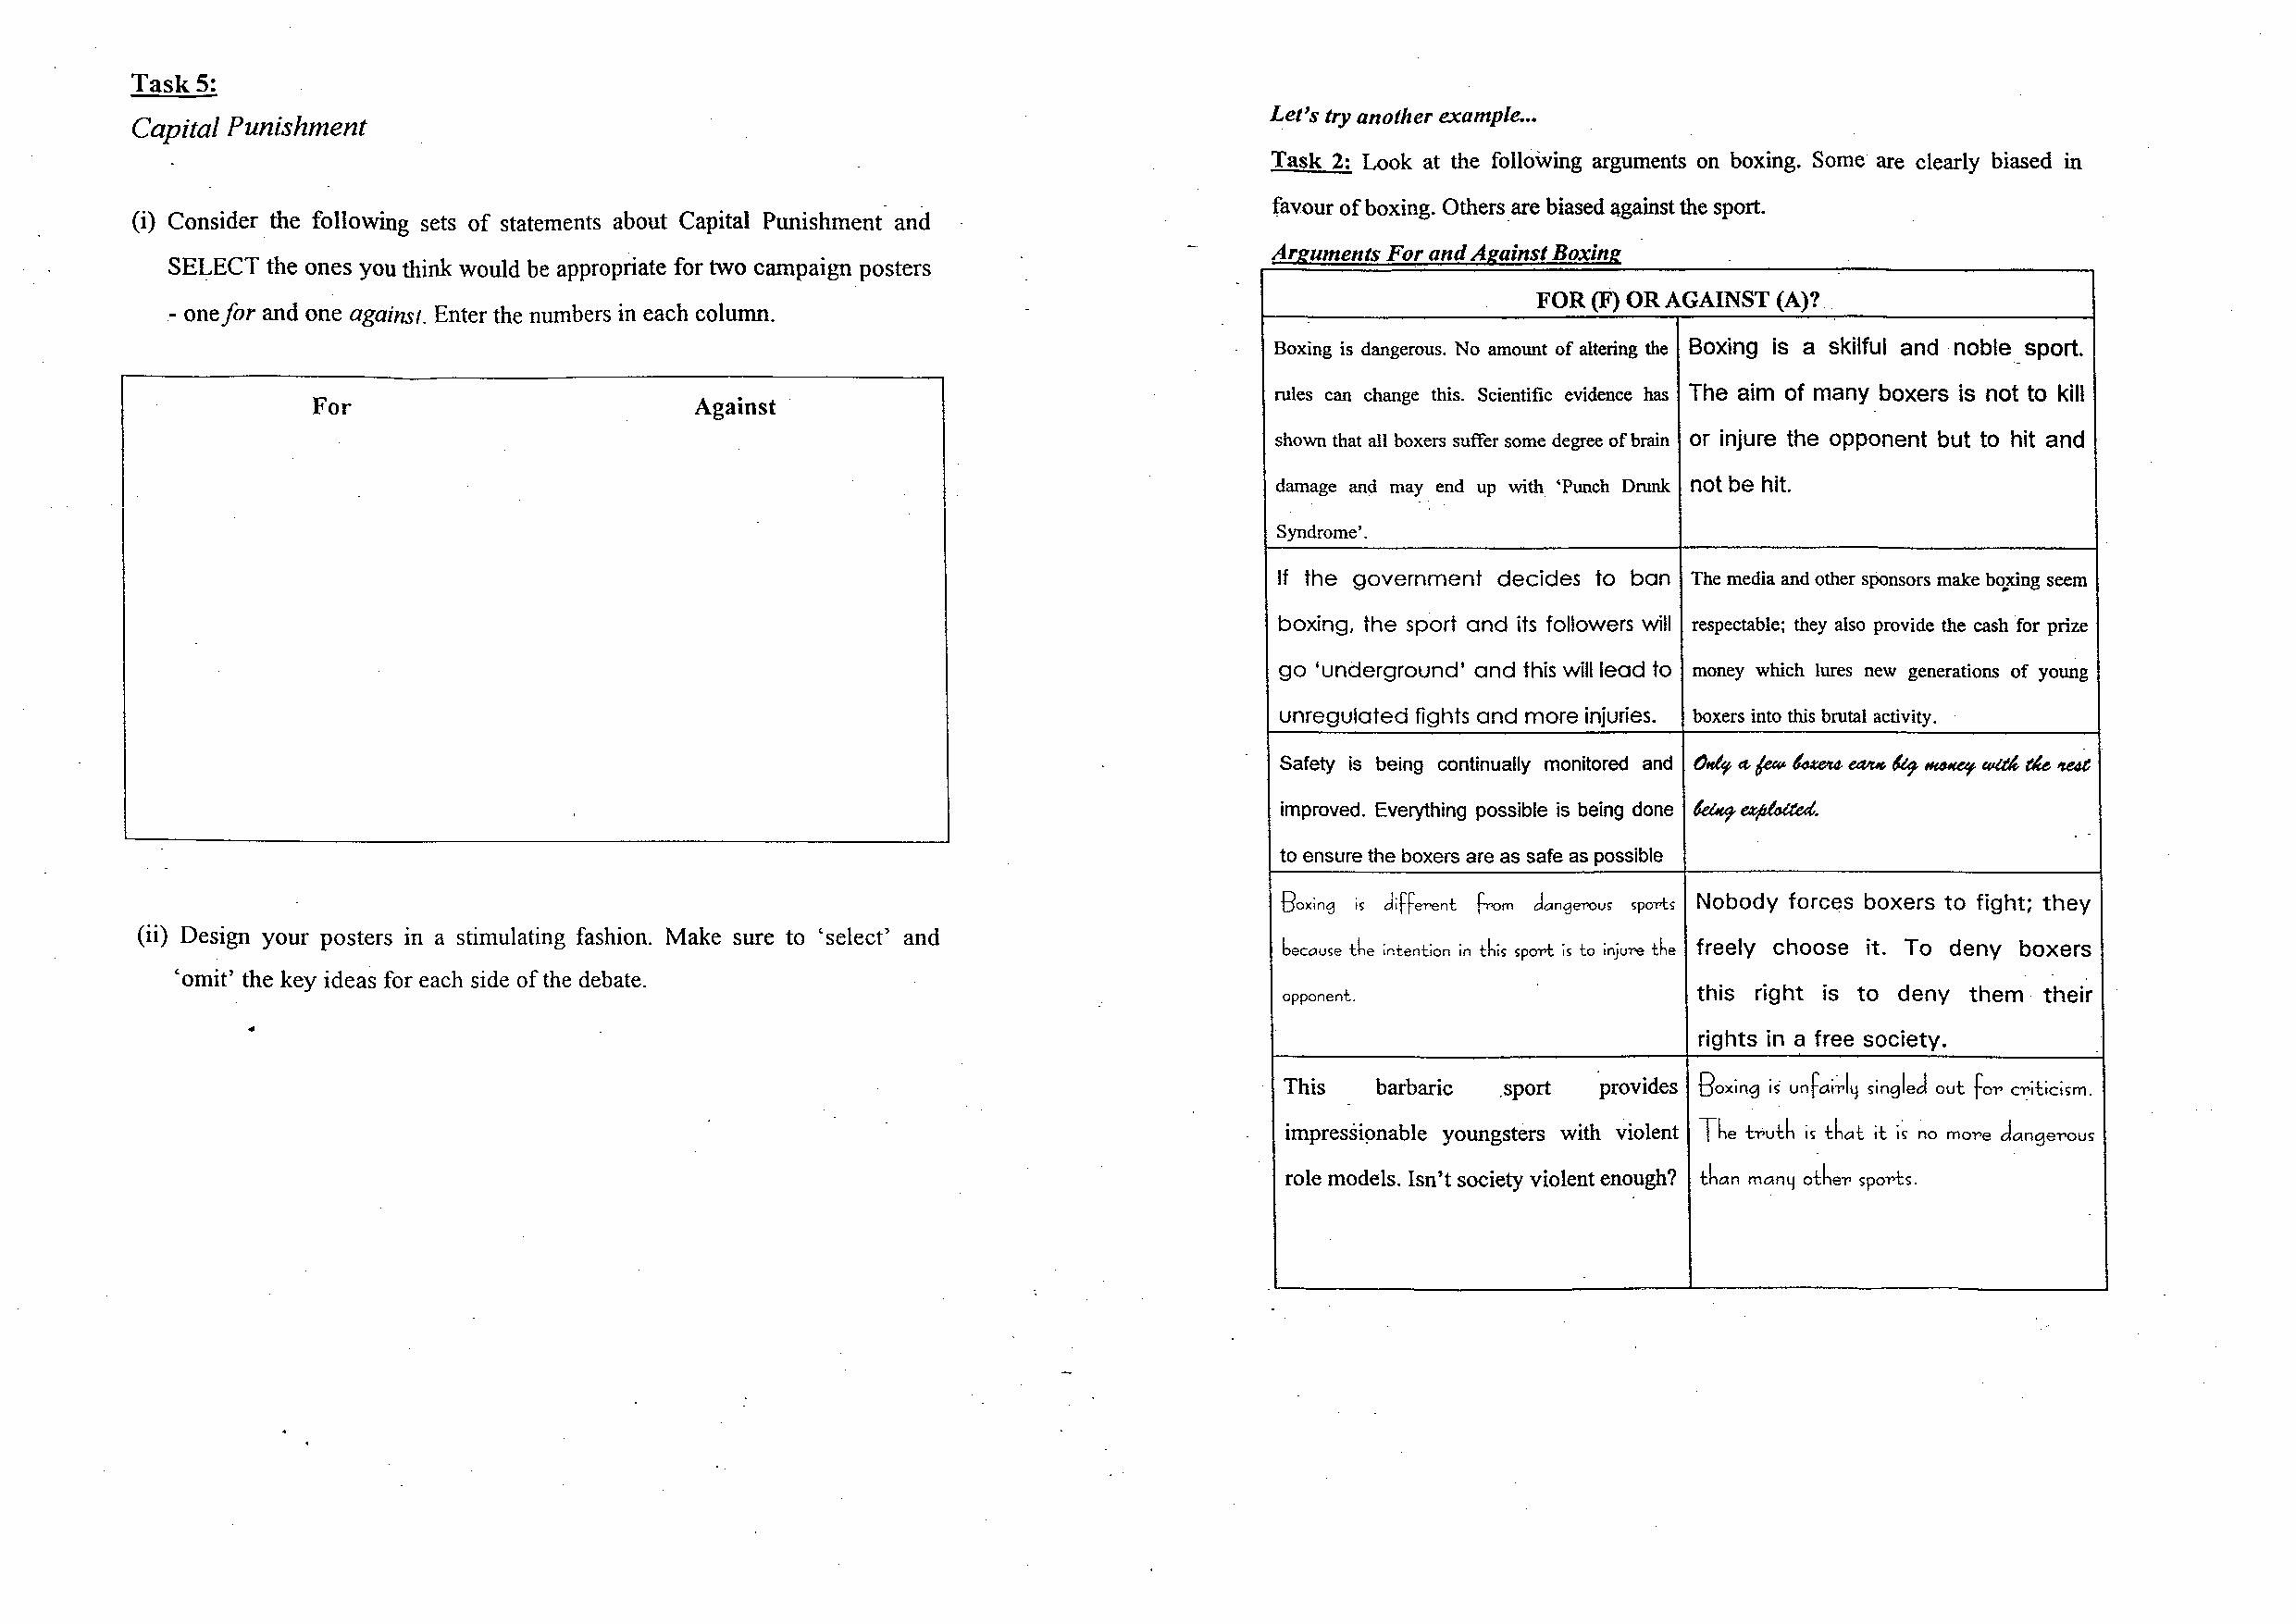
Task 5:
 Let's try another example. ..
 Capital Punishment
 Task 2: Look at the following arguments on boxing. Some are clearly biased m
 favour of boxing. Others_are biased against the sport.
 (i) Consider. the following sets of statements about Capital Punishment and
 Areuments For and Aeainst Boxine
 SELECT the ones you think would be appropriate for two campaign posters
 FOR (F) OR AGAINST (A)?
 - one for and one against. Enter the numbers in each column.
 Boxing is dangerous. No amount of altering the Boxing is a skilful and ·noble_ sport.
 rules can change this. Scientific evidence has The aim of many boxers is not to kill
 For                         Against
 shown that all boxers suffer some degree of brain or injure the opponent but to hit and
 damage and may end up with 'Punch Drunk not be hit.
 Syndrome'.
 If the government decides to ban The media and other sponsors make bo.,.xing seem
 boxing, the sport and its followers will respectable; they also provide the cash for prize
 go 'underground' and this will lead to money which lures new generations of young
 unregulated fights and more injuries. boxers into this brutal activity.
 Safety is being continually monitored and 0,4 a. /e«'- ~ ealf.<f. ~ HeO#tUf eq/d, de lfe4t
 improved. Everything possible is being done ~ ~-
 to ensure the boxers are as safe as possible
 Boxing IS different from dangerous sporls Nobody forces boxers to fight; they
 (ii) Design your posters in a stimulating fashion. Make sure to 'select' and
 because the intention in this sporl is to injure the freely choose it. To deny boxers
 'omit' the key ideas for each side of the debate.
 opponent.                    this right is to deny them their
 rights in a free society.
 This  barbaric _sport provides Boxing is unfai~ly singled out fo,-, criticism.
 impressi9nable youngsters with violent The huth is that it i~ ~o mo1"e dange1"0US
 role models. Isn't society violent enough? than many othe,-, spol'ts.